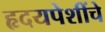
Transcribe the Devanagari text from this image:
हृदयपेशींचे